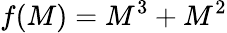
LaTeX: f(M)=M^{3}+M^{2}